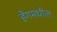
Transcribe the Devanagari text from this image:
हेगमधील